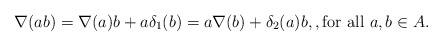
\begin{align*}\nabla(ab) = \nabla(a)b + a\delta_1(b) = a\nabla(b) + \delta_2(a)b,, \mbox{for all $a,b\in A$.}\end{align*}